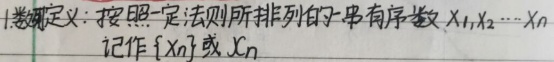
1. 数列定义: 按照一定法则所排列的一串有序数 $x_1,x_2,\cdots,x_n$ 记作 $\{x_n\}$ 或 $x_n$